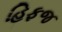
હિફજ